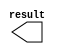
module lpm_constant_xx1 (
	result);

	output	[10:0]  result;

endmodule